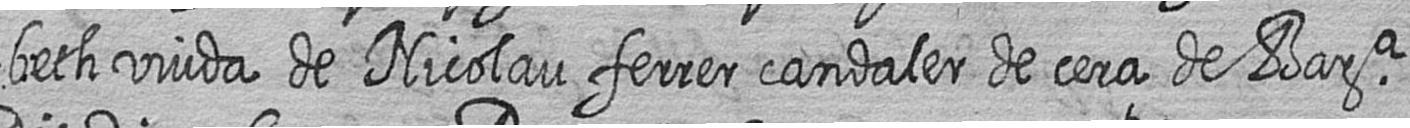
beth viuda de Nicolau ferrer candaler de cera de Bara